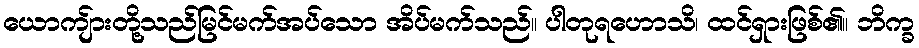
ယောကျ်ားတို့သည်မြင်မက်အပ်သော အိပ်မက်သည်။ ပါတုရဟောသိ၊ ထင်ရှားဖြစ်၏။ ဘိက္ခ